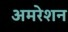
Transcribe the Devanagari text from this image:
अमरेशन